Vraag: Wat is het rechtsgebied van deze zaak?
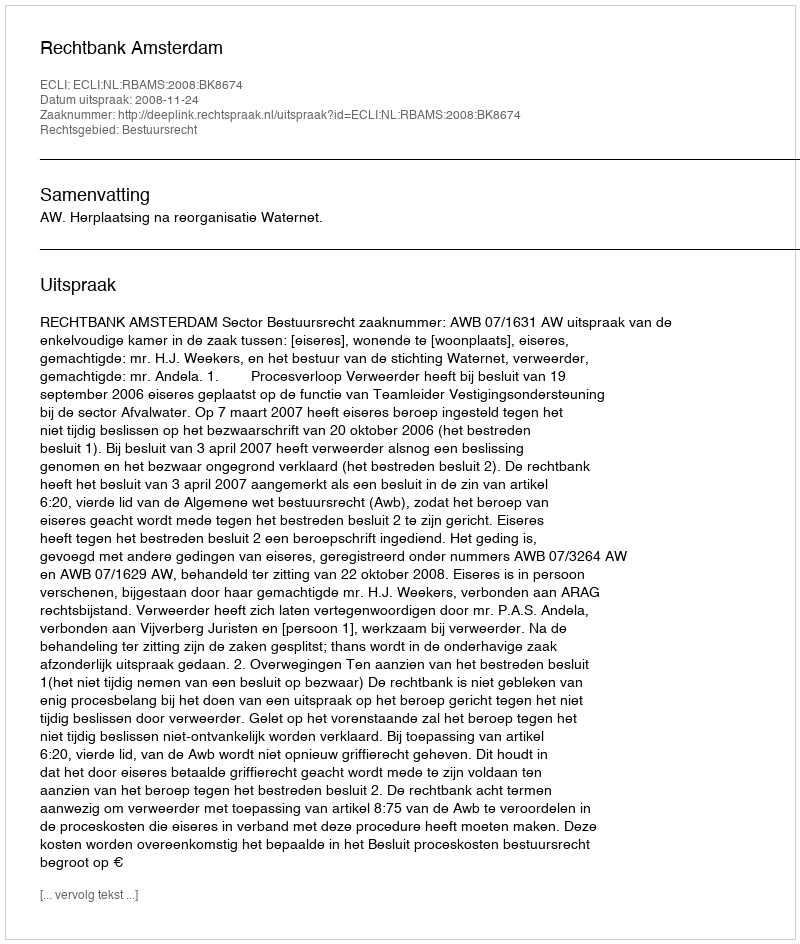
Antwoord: Bestuursrecht